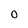
Character: 0